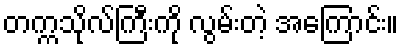
တက္ကသိုလ်ကြီးကို လွမ်းတဲ့ အကြောင်း။